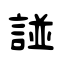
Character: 諩